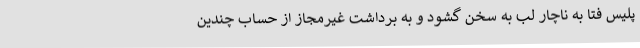
پلیس فتا به ناچار لب به سخن گشود و به برداشت غیرمجاز از حساب چندین